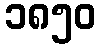
၁၈၅၀